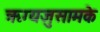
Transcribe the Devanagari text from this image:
ऋग्यजुसामके